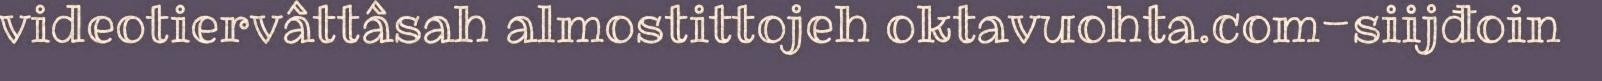
videotiervâttâsah almostittojeh oktavuohta.com-siijđoin